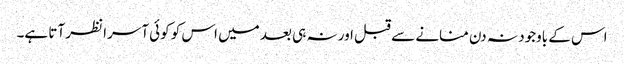
اس کے باوجود نہ دن منانے سے قبل اور نہ ہی بعد میں اس کو کوئی آسرا نظر آتا ہے۔